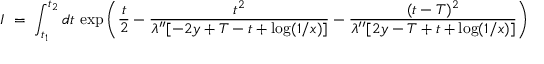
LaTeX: I \; = \; \int _ { t _ { 1 } } ^ { t _ { 2 } } d t \, \exp \left( \frac { t } { 2 } - \frac { t ^ { 2 } } { \lambda ^ { \prime \prime } [ - 2 y + T - t + \log ( 1 / x ) ] } - \frac { ( t - T ) ^ { 2 } } { \lambda ^ { \prime \prime } [ 2 y - T + t + \log ( 1 / x ) ] } \right)